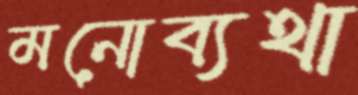
মনোব্যথা